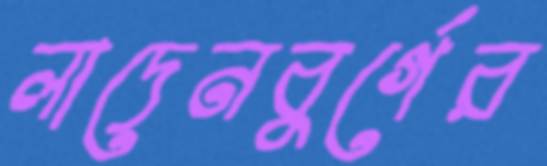
লাদেনবুর্গের